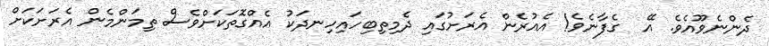
ދެންނެވޫއެވެ. އޭ  ގެފާނެވެ! އެއުރެން އެރަށުގައި ދެމިތިބިހައިހިނދަކު އެއްގޮތަކަށްވެސް ތިމަންމެން އެރަށަކަށް